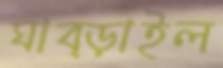
ঘাব্‌ড়াইল